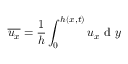
\overline { { u _ { x } } } = \frac { 1 } { h } \int _ { 0 } ^ { h ( x , t ) } u _ { x } \mathrm { ~ d ~ } y